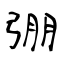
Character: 弸